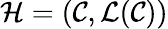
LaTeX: \mathcal{H}=(\mathcal{C},\mathcal{L}(\mathcal{C}))